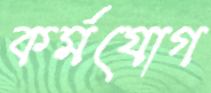
কর্মযোগ